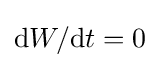
\mathrm {d} W/\mathrm {d} t=0